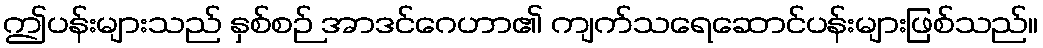
ဤပန်းများသည် နှစ်စဉ် အာဒင်ဂေဟာ၏ ကျက်သရေဆောင်ပန်းများဖြစ်သည်။